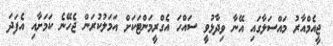
ޖީއެމްއާރު މައްސަލާގައި އޭނާ ވިދާޅުވީ ސައްހަ އެގްރީމަންޓަކަށް އަމަލުކުރަން ޖެހޭނެ ކަމަށާއި އެފަދަ